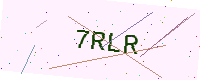
Text: 7RLR